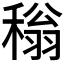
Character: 𬓵